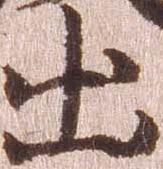
出